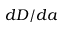
d D / d a